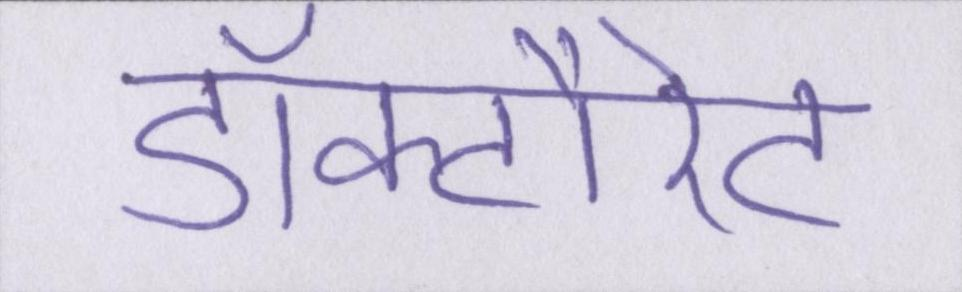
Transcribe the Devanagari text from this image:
डॉक्टौरेट